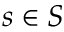
s \in S